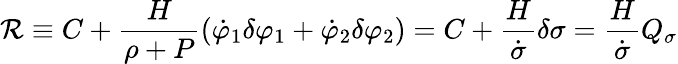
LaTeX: {\cal R}\equiv C+\frac{H}{\rho+P}(\dot{\varphi}_{1}\delta\varphi_{1}+\dot{\varphi}_{2}\delta\varphi_{2})=C+\frac{H}{\dot{\sigma}}\delta\sigma=\frac{H}{\dot{\sigma}}Q_{\sigma}